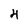
Character: 4